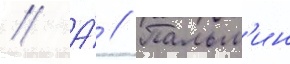
// А́ // Пальм'ин